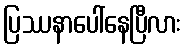
ပြဿနာပေါ်နေပြီလား